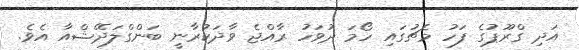
އަދި ގްރޫޕުގެ ފަހު މެޗުގައި ހޯމަ ދުވަހު ރާއްޖެ ވާދަކުރާނީ ބަންގްލަދޭޝްއާ އެވެ.